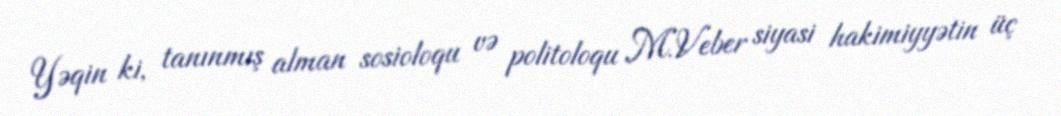
Yəqin ki, tanınmış alman sosioloqu və politoloqu M.Veber siyasi hakimiyyətin üç